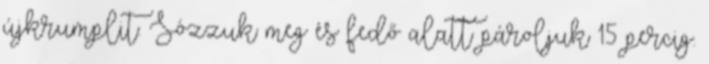
újkrumplit. Sózzuk meg és fedő alatt pároljuk 15 percig.